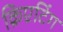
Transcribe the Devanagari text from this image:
क्रिएटिंग